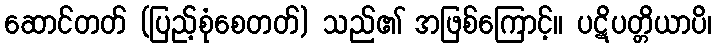
ဆောင်တတ် (ပြည့်စုံစေတတ်) သည်၏ အဖြစ်ကြောင့်။ ပဋိပတ္တိယာပိ၊